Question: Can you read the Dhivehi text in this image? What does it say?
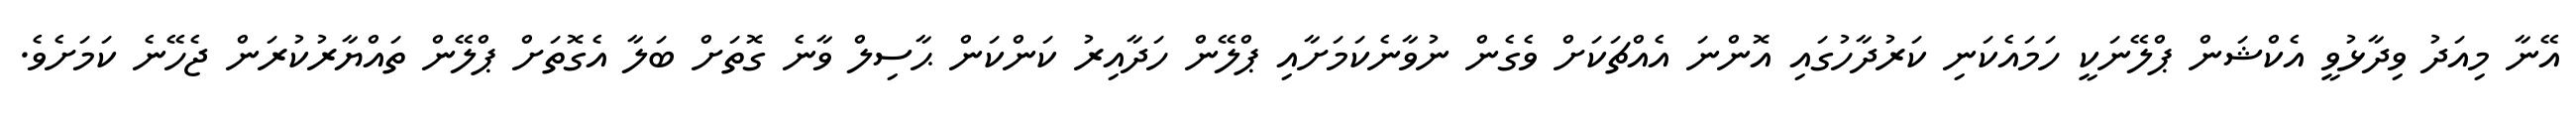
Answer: އޭނާ މިއަދު ވިދާޅުވީ އެކްޝަން ޕްލޭނަކީ ހަމައެކަނި ކަރުދާހުގައި އޮންނަ އެއްޗަކަށް ވެގެން ނުވާނެކަމަށާއި ޕްލޭން ހަދާއިރު ކަންކަން ޙާސިލް ވާނެ ގޮތަށް ބަލާ އެގޮތަށް ޕްލޭން ތައްޔާރުކުރަން ޖެހޭނެ ކަމަށެވެ.